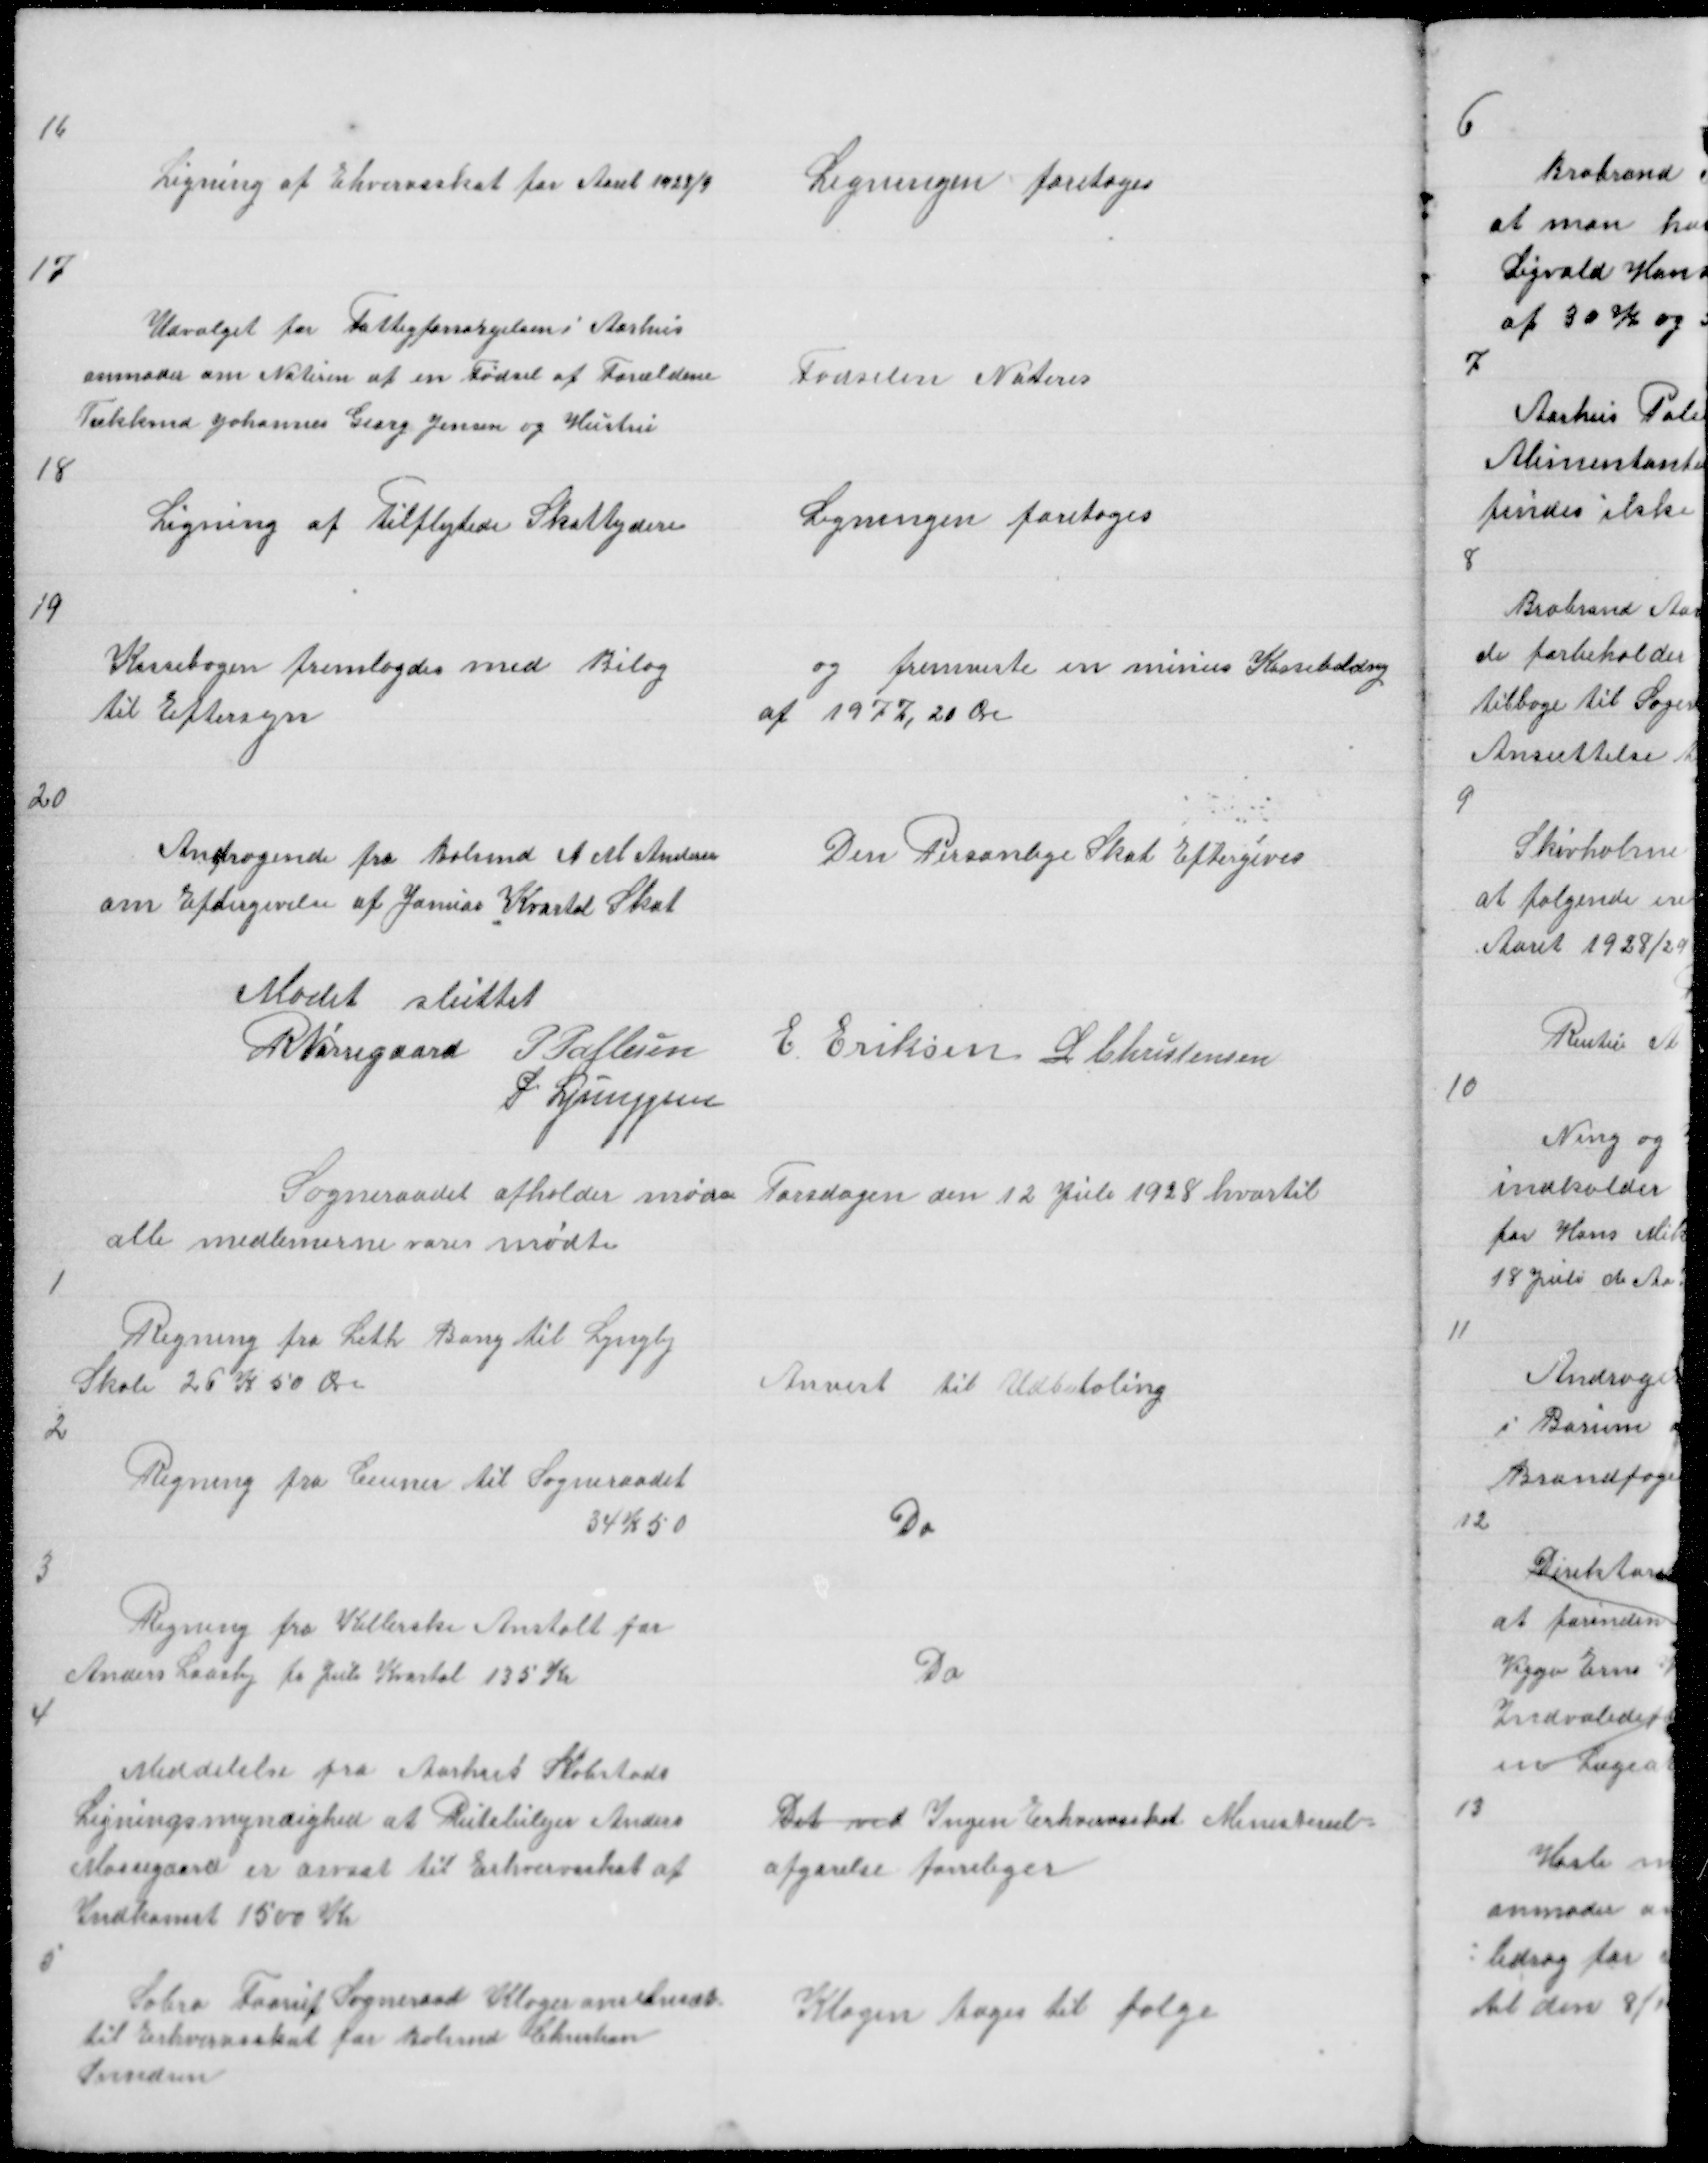
Transskription:
16

Ligning af Erhvervsskat for Aaret 1928/9

Ligningen foretoges

17

Udvalget for Fattigforsørgelsen i Aarhus
anmoder om Noterin af en Fødsel af Forældrene
Tækkmd Johannes Georg Jensen og Hustru

Fødselen Noteres

18

Ligning af Tilflytede Skatteydere

Ligningen foretoges

19

Kassebogen fremlagdes med Bilag
til Eftersyn

og fremviste en minus Kassebeldng
af 1977,20 Øre

20

Andragende fra Bolsmd A M Andersen
om Eftergivelse af Januar Kvartal Skat

Den Personlige Skat Eftergives

Mødet sluttet
R Nørregaard P Pallesen E Eriksen L Christensen
P Ljunggren

Sogneraadet afholder Møde Torsdagen den 12 Juli 1928 hvortil
alle medlemerne vare mødte

1

Regning fra Leth Bang til Lyngby
Skole 26 K 50 Øre

Anvist til Udbetaling

2

Regning fra Ceuner til Sogneraadet
34 K 50

Do

3

Regning fra Kellerske Anstalt for
Anders Laasby fr Juli Kvartal 135 Kr

Do

4

Meddelelse fra Aarhus Købstads
Ligningsmyndighed at Rutebilejer Anders
Mossegaard er ansat til Erhvervsskat af
Indkomst 1500Kr

Det ved Ingen Erhvervsskat Ministeriel
afgørelse forreliger

5

Sabro Faarup Sogneraad Klager
til Erhvervsskat for Bolsmd Christian
Svendsen

Klagen tages til følge